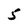
Character: 5